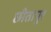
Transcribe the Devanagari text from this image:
छीतापुर